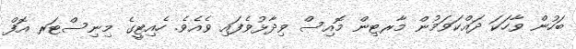
ބަހުން ވާހަކަ ދައްކަވަމުން މާރޓިން މޮއިސް ވިދާޅުވެފައި ވެއެވެ. ހެއިޓީގެ މިނިސްޓަރ އޮފް